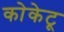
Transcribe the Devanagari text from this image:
कोकेटू